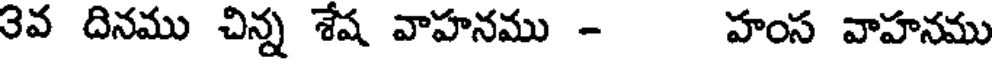
3వ దినము చిన్న శేష వాహనము - హంస వాహనము